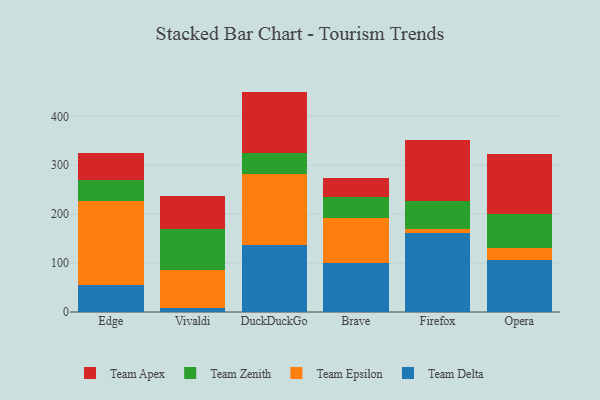
{"axis": {"x": "Browser", "y": "Net Income (USD K)"}, "legend": ["Team Apex", "Team Delta", "Team Epsilon", "Team Zenith"], "data": [{"x": "Edge", "y": 54.7, "type": "Team Delta"}, {"x": "Edge", "y": 172.7, "type": "Team Epsilon"}, {"x": "Edge", "y": 41.5, "type": "Team Zenith"}, {"x": "Edge", "y": 56.2, "type": "Team Apex"}, {"x": "Vivaldi", "y": 9.2, "type": "Team Delta"}, {"x": "Vivaldi", "y": 77.2, "type": "Team Epsilon"}, {"x": "Vivaldi", "y": 84.1, "type": "Team Zenith"}, {"x": "Vivaldi", "y": 65.9, "type": "Team Apex"}, {"x": "DuckDuckGo", "y": 136.1, "type": "Team Delta"}, {"x": "DuckDuckGo", "y": 145.6, "type": "Team Epsilon"}, {"x": "DuckDuckGo", "y": 44.2, "type": "Team Zenith"}, {"x": "DuckDuckGo", "y": 124.6, "type": "Team Apex"}, {"x": "Brave", "y": 99.3, "type": "Team Delta"}, {"x": "Brave", "y": 92.9, "type": "Team Epsilon"}, {"x": "Brave", "y": 42.2, "type": "Team Zenith"}, {"x": "Brave", "y": 40.3, "type": "Team Apex"}, {"x": "Firefox", "y": 161.5, "type": "Team Delta"}, {"x": "Firefox", "y": 8.2, "type": "Team Epsilon"}, {"x": "Firefox", "y": 57.0, "type": "Team Zenith"}, {"x": "Firefox", "y": 125.8, "type": "Team Apex"}, {"x": "Opera", "y": 105.3, "type": "Team Delta"}, {"x": "Opera", "y": 25.7, "type": "Team Epsilon"}, {"x": "Opera", "y": 69.4, "type": "Team Zenith"}, {"x": "Opera", "y": 122.0, "type": "Team Apex"}]}